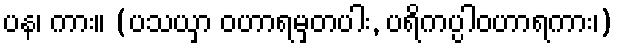
ပန၊ ကား။ (ပသယှာ ဝဟာရမှတပါး, ပရိကပ္ပါဝဟာရကား၊)